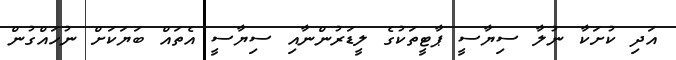
އަދި ކުށަކާ ނުލާ ސިޔާސީ ޕާޓީތަކުގެ ލީޑަރުންނާއި ސިޔާސީ އެތައް ބަޔަކަށް ނުހައްގުން